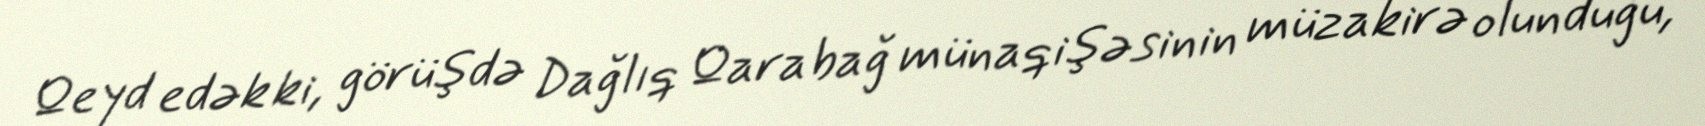
Qeyd edək ki, görüşdə Dağlıq Qarabağ münaqişəsinin müzakirə olunduğu,